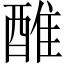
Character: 醀